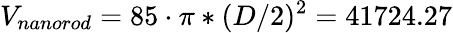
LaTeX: V_{nanorod}=85\cdot\pi*(D/2)^{2}=41724.27